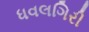
ધવલગિરી